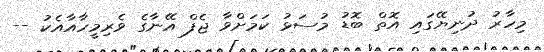
މިހާރު ދުނިޔޭގައި އޮތް ބޮޑު މުސަޅު ކަމަށްވާ ޖެފް އޭނާގެ ވެރިމީހާއާއެކު --